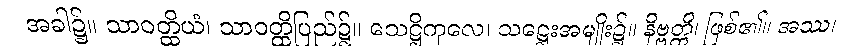
အခါ၌။ သာဝတ္ထိယံ၊ သာဝတ္ထိပြည်၌။ သေဋ္ဌိကုလေ၊ သဋ္ဌေးအမျိုး၌။ နိဗ္ဗတ္တိ၊ ဖြစ်၏။ အဿ၊